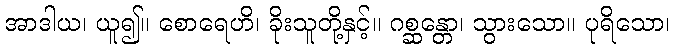
အာဒါယ၊ ယူ၍။ စောရေဟိ၊ ခိုးသူတို့နှင့်။ ဂစ္ဆန္တော၊ သွားသော။ ပုရိသော၊